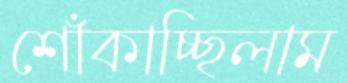
শোঁকাচ্ছিলাম